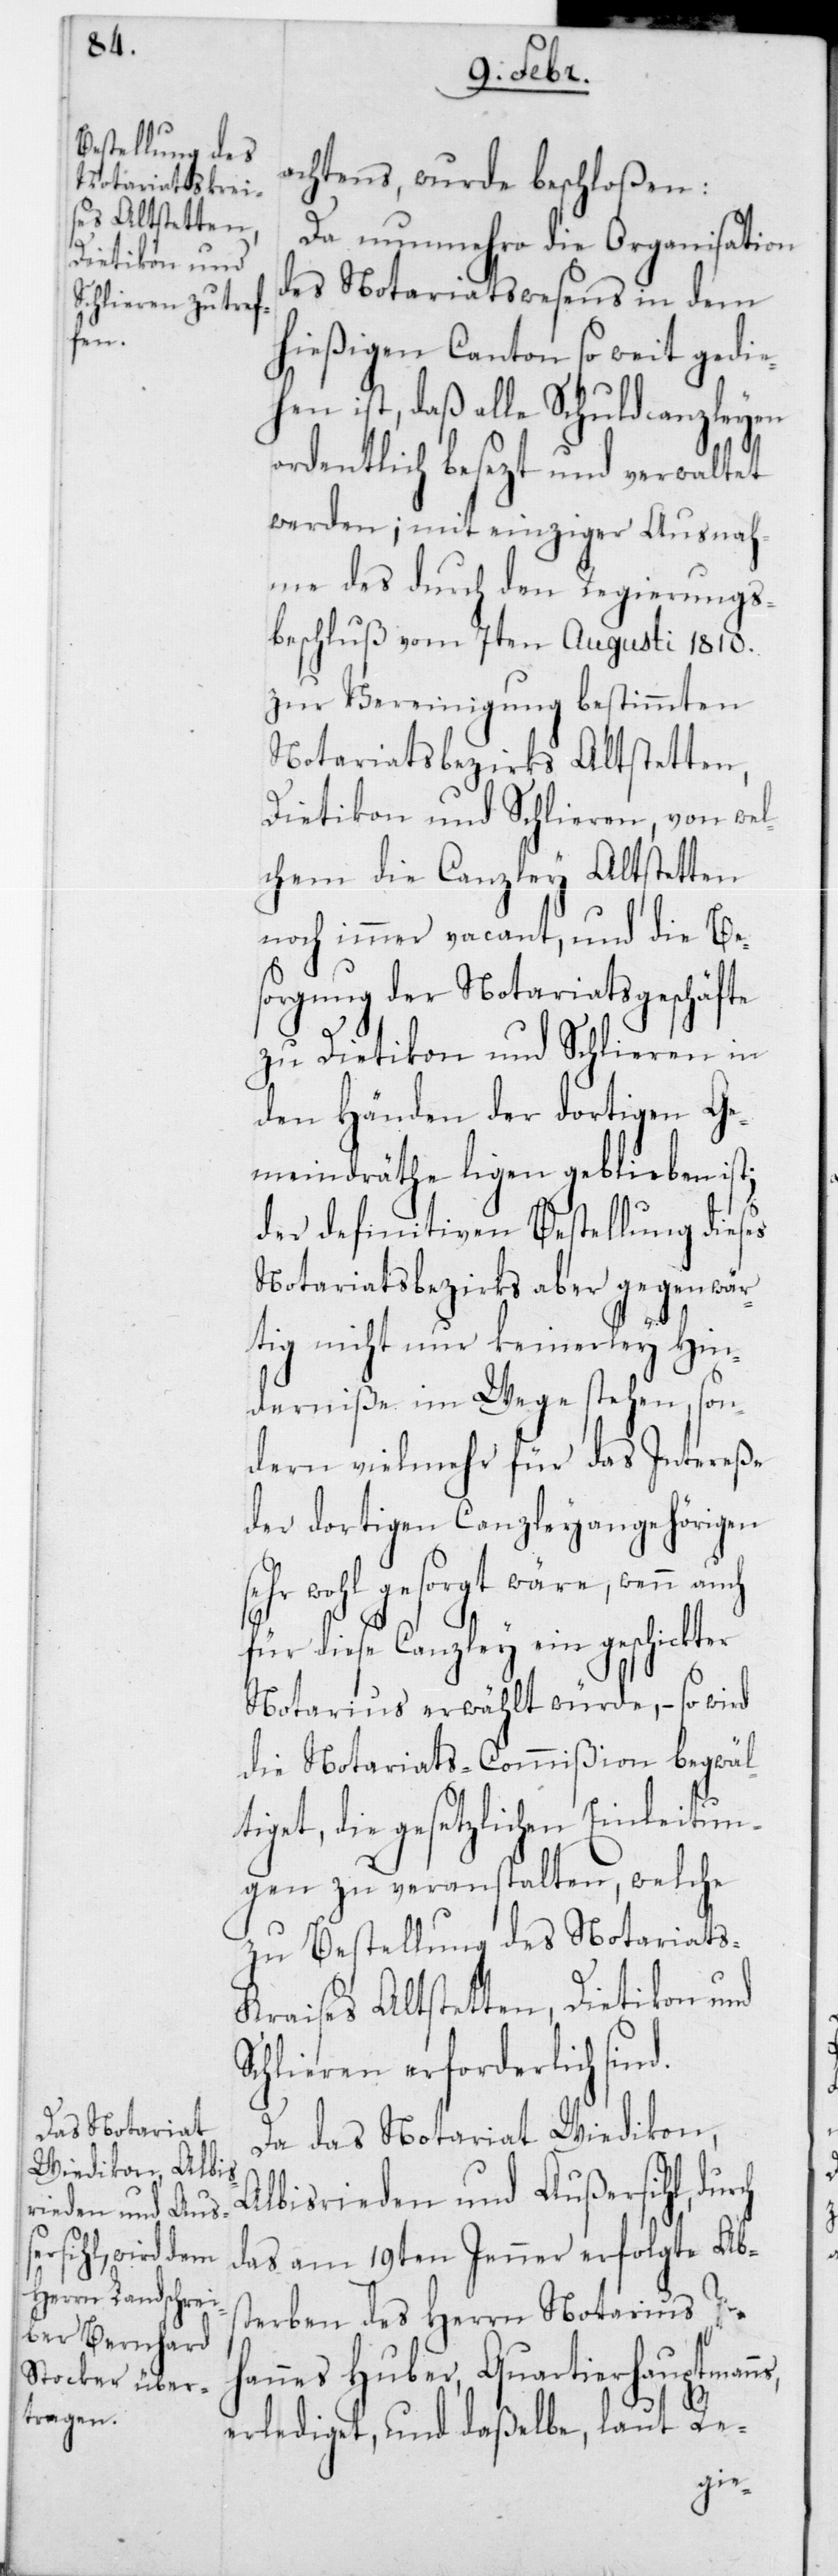
ns,

achtens, wurde beschloßen:
Da nunmehro die Organisation
des Notariatswesens in dem
hießigen Canton so weit gedie¬
hen ist, daß alle Schuldcanzleyen
ordentlich besezt und verwaltet
werden; mit einziger Ausnah¬
me des durch den Regierungs¬
beschluß vom 7ten Augusti 1810
zur Vereinigung bestimmten
Notariatsbezirks Altstetten,
Dietikon und Schlieren, von wel¬
chem die Canzley Altstetten
noch immer vacant, und die Be¬
sorgung der Notariatsgeschäfte
zu Dietikon und Schlieren in
den Händen der dortigen Ge¬
meindräthe liegen geblieben ist;
der definitiven Bestellung dieses
Notariatsbezirks aber gegenwär¬
tig nicht nur keinerley Hin¬
derniße im Wege stehen, son¬
dern vielmehr für das Intereße
der dortigen Canzleyangehörigen
sehr wohl gesorgt wäre, wenn auch
für diese Canzley ein geschickter
Notarius erwählt würde, – so wird
die Notariats-Commißion begwälti¬
get, die gesetzlichen Einleitun¬
gen zu veranstalten, welche
zu Bestellung des Notariats¬
kreises Altstetten, Dietikon und
Schlieren erforderlich sind.
Da das Notariat Wiedikon,
Albisrieden und Außersihl, durch
das am 19ten Jenner erfolgte Abs¬
terben des Herrn Notarius Joha¬
nnes Huber, Quartierhauptman¬
erlediget, und daßelbe, laut Re-